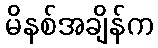
မိနစ်အချိန်က